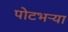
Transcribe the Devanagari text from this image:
पोटभऱ्या